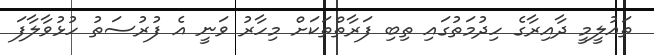
ތައުލީމީ ދާއިރާގެ ހިދުމަތުގައި ތިބި ފަރާތްތަކަށް މިހާރު ވަނީ އެ ފުރުސަތު ހުޅުވާލާފަ